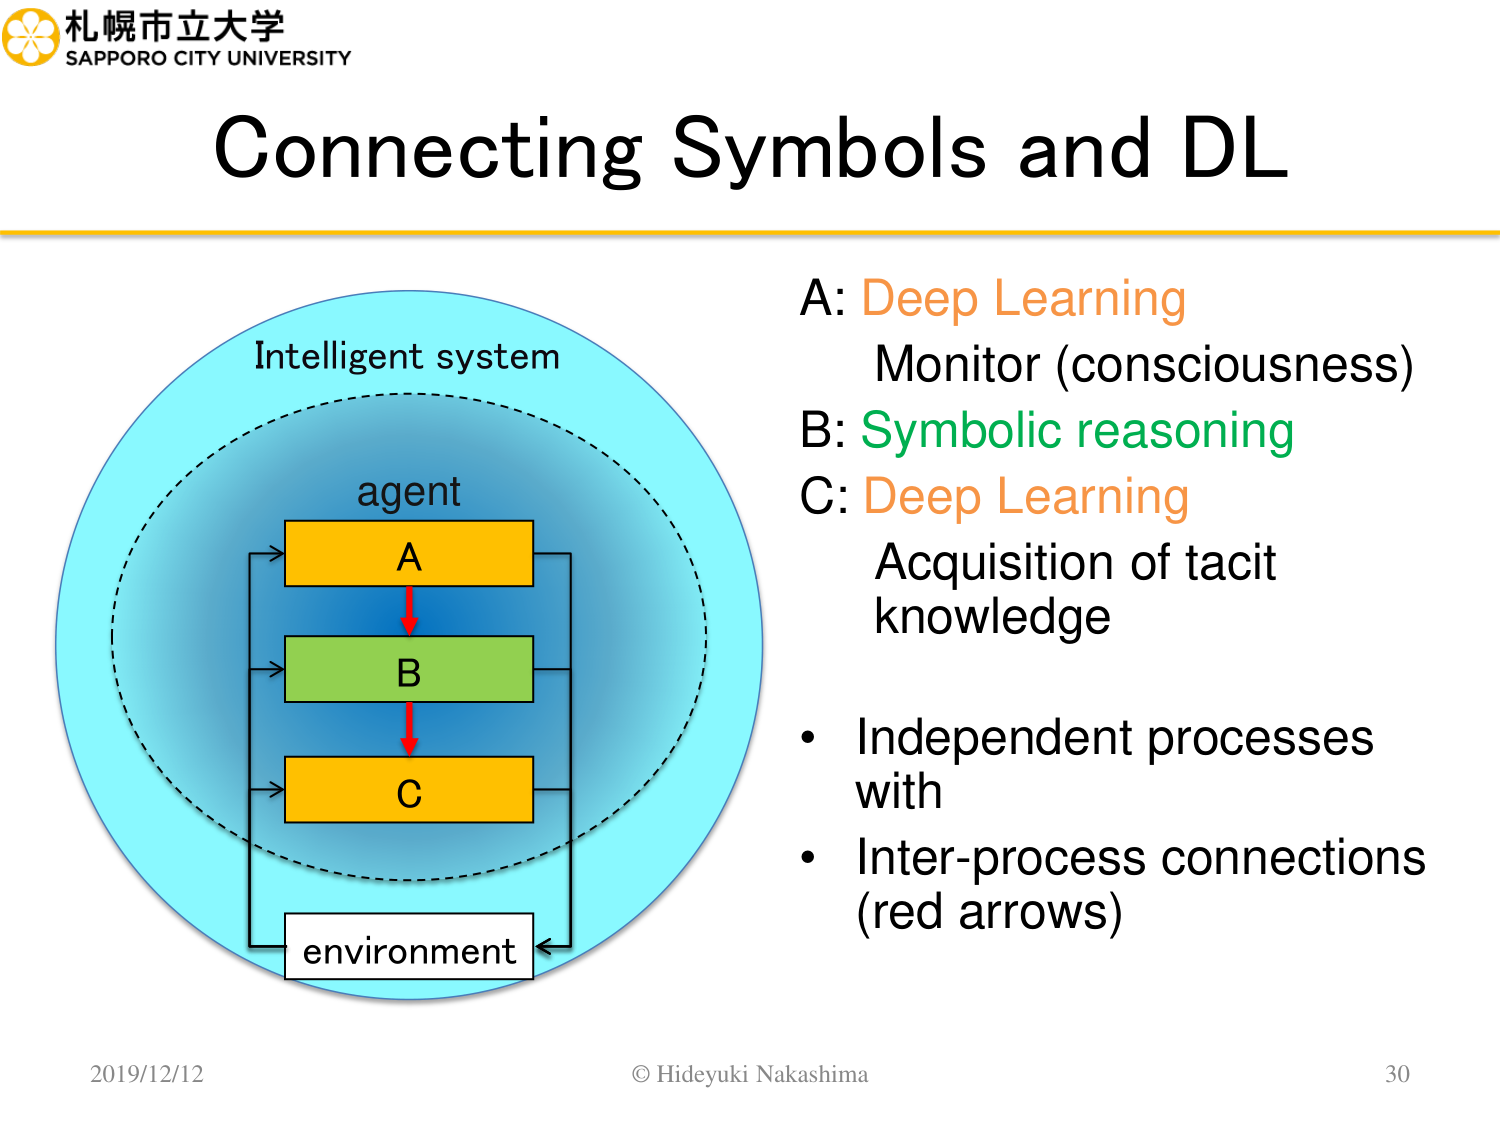
札幌市立大学
SAPPORO CITY UNIVERSITY

Connecting Symbols and DL

Intelligent system
agent
A
B
C
environment

A: Deep Learning
Monitor (consciousness)
B: Symbolic reasoning
C: Deep Learning
Acquisition of tacit knowledge

• Independent processes with
• Inter-process connections (red arrows)

2019/12/12
© Hideyuki Nakashima
30